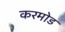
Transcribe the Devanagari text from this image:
करमोड